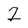
Character: 2